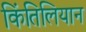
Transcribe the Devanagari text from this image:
किंतिलियान